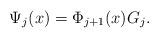
LaTeX: \begin{align*}\Psi_j(x) = \Phi_{j+1}(x) G_j.\end{align*}